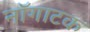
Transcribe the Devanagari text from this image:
नॉगाटक